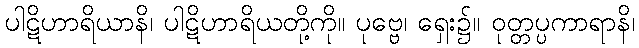
ပါဋိဟာရိယာနိ၊ ပါဋိဟာရိယတို့ကို။ ပုဗ္ဗေ၊ ရှေး၌။ ဝုတ္တပ္ပကာရာနိ၊